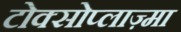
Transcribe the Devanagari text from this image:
टोक्सोप्लाज़्मा